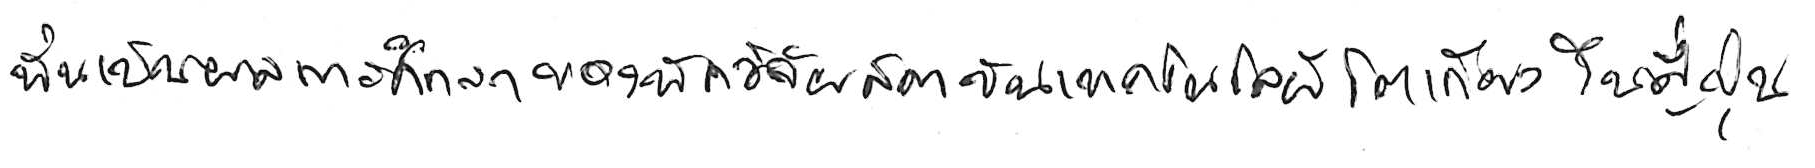
นั่นเป็นผลการศึกษาของนักวิจัยสถาบันเทคโนโลยีโตเกียว ในญี่ปุ่น